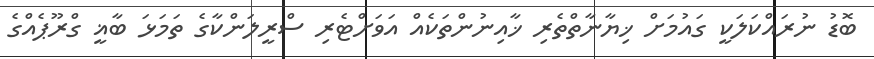
ބޮޑު ނުރައްކަލަކީ ގައުމަށް ޚިޔާނާތްތެރި ޚާއިނުންތަކެއް އަވަށްޓެރި ސްރީލަންކާގެ ތަމަޅަ ބާޣީ ގްރޫޕެއްގެ